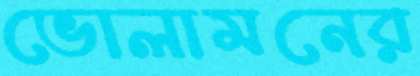
ভোলামনের